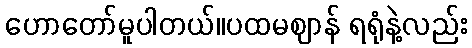
ဟောတော်မူပါတယ်။ပထမဈာန် ရရုံနဲ့လည်း